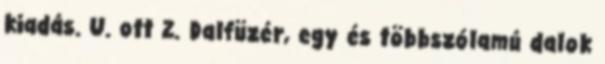
kiadás. U. ott 2. Dalfüzér, egy és többszólamú dalok